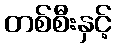
တစ်စီးနှင့်